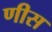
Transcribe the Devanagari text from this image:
णीस